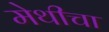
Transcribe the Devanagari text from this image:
मेथीचा